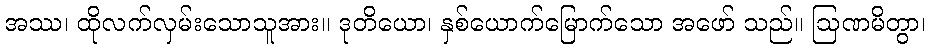
အဿ၊ ထိုလက်လှမ်းသောသူအား။ ဒုတိယော၊ နှစ်ယောက်မြောက်သော အဖော် သည်။ ဩဏမိတွာ၊